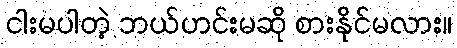
ငါးမပါတဲ့ ဘယ်ဟင်းမဆို စားနိုင်မလား။